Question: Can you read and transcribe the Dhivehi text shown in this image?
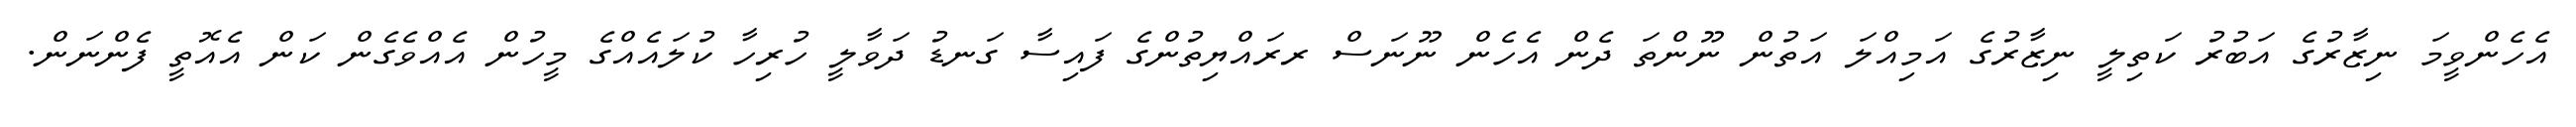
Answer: އެހެންވީމަ ނިޒާރުގެ އަބުރު ކަތިލީ ނިޒާރުގެ އަމިއްލަ އަތުން ނޫންތަ ދެން އެހެން ނޫނަސް ރރައްޔިތުންގެ ފައިސާ ގަނޑު ދަވާލީ ހުރިހާ ކުލައެއްގެ މީހުން އެއްވެގެން ކަން އެއޮތީ ފެންނަން.